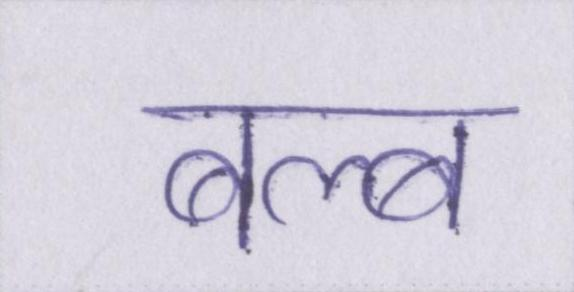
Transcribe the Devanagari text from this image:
बल्ब